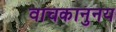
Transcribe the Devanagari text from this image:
वाचकानुनय